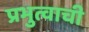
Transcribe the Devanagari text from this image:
प्रभुत्वाची